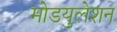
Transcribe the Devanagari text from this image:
मोडयुलेशन